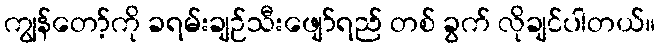
ကျွန်တော့်ကို ခရမ်းချဉ်သီးဖျော်ရည် တစ် ခွက် လိုချင်ပါတယ်။